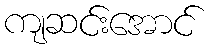
ကျဆင်းအောင်